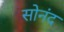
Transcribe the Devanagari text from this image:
सोनंद